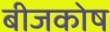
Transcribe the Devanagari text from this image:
बीजकोष